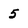
Character: 5